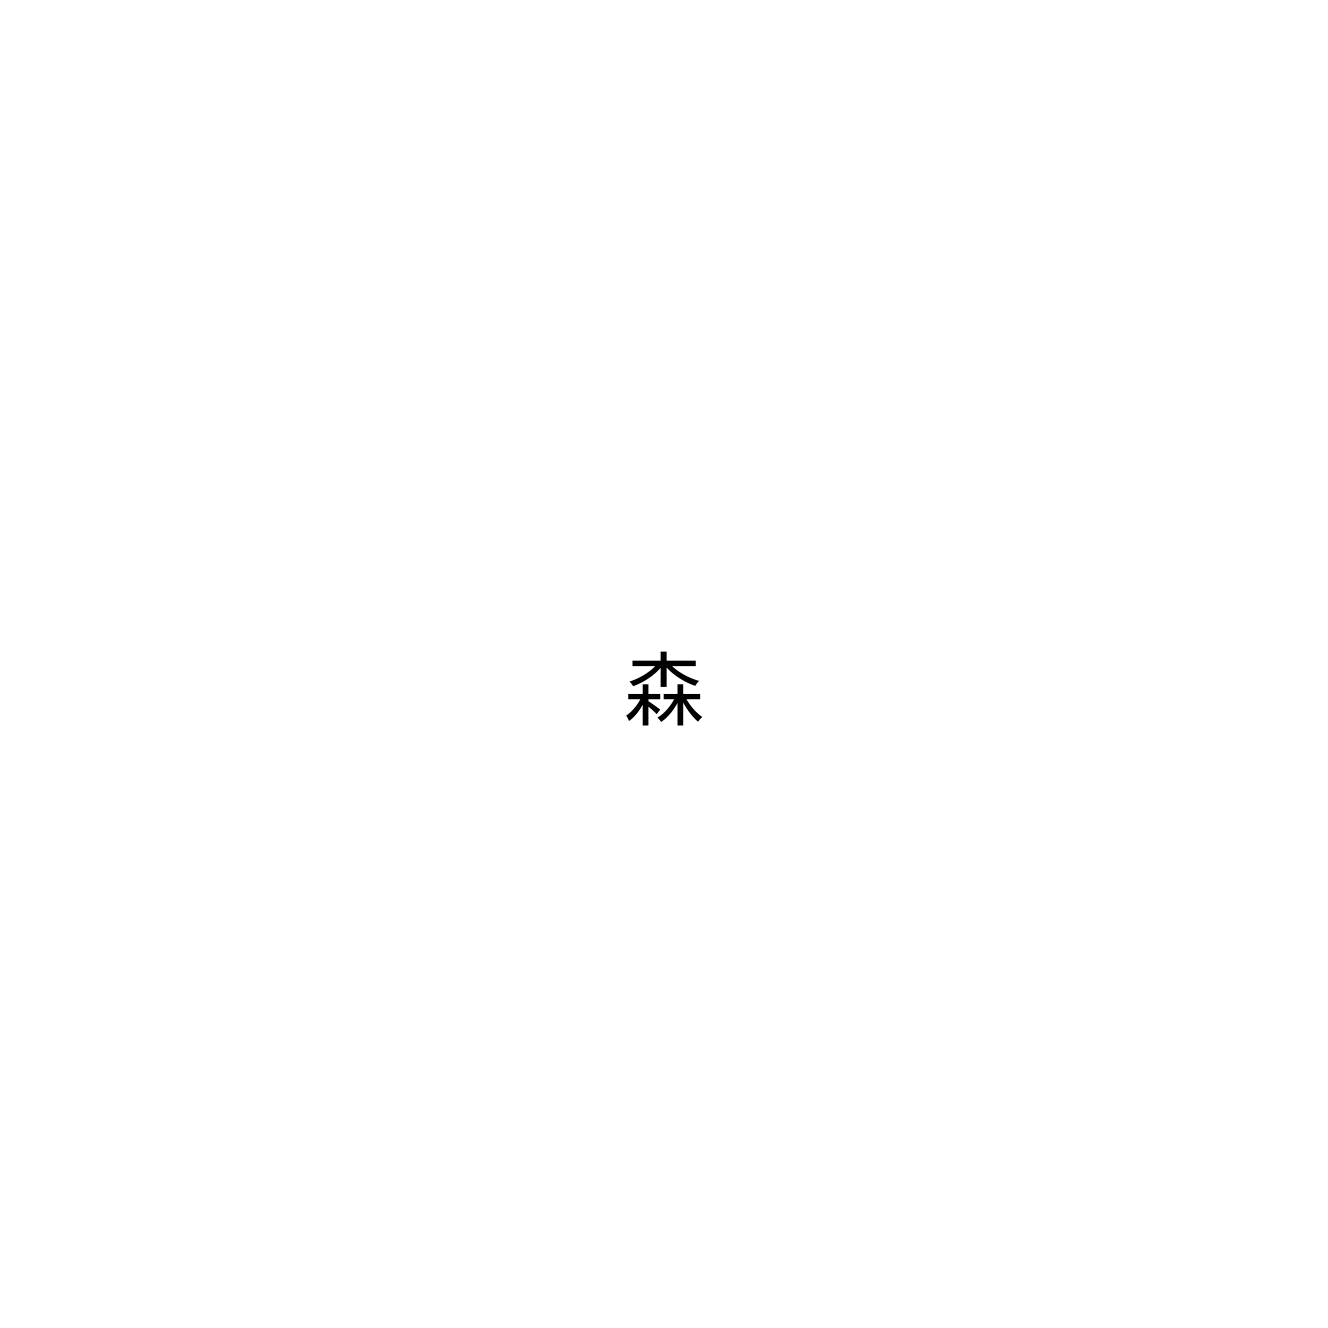
森